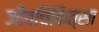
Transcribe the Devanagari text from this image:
जीवचिकित्सा